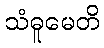
သံဓူမေတိ